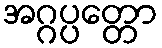
အဂ္ဂပ္ပတ္တော